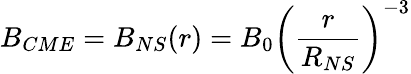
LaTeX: B_{CME}=B_{NS}(r)=B_{0}\left(\frac{r}{R_{NS}}\right)^{-3}